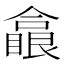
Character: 𠐗